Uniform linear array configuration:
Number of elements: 4
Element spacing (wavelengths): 0.25
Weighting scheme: kaiser
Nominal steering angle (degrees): -15
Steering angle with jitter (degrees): -13.821
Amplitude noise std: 0.05
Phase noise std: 0.05

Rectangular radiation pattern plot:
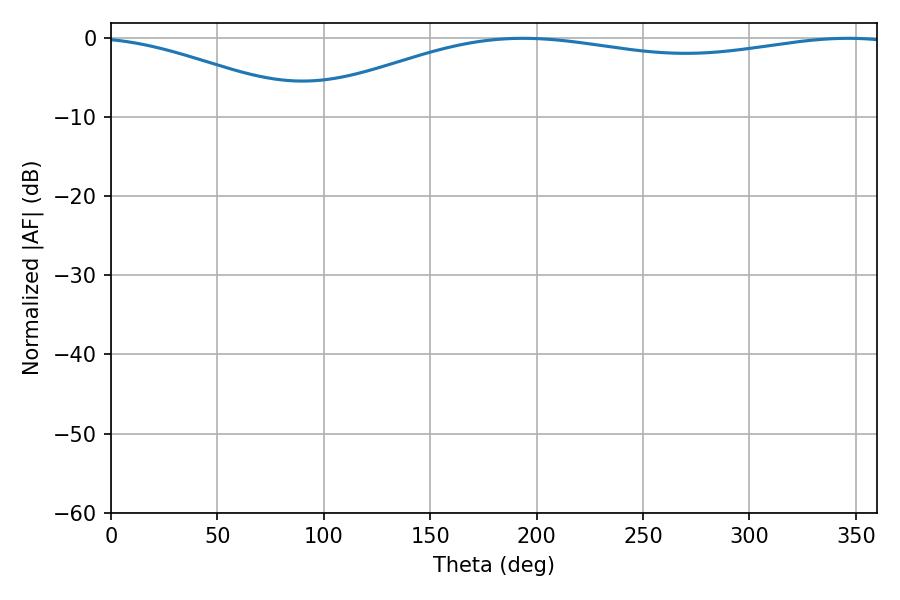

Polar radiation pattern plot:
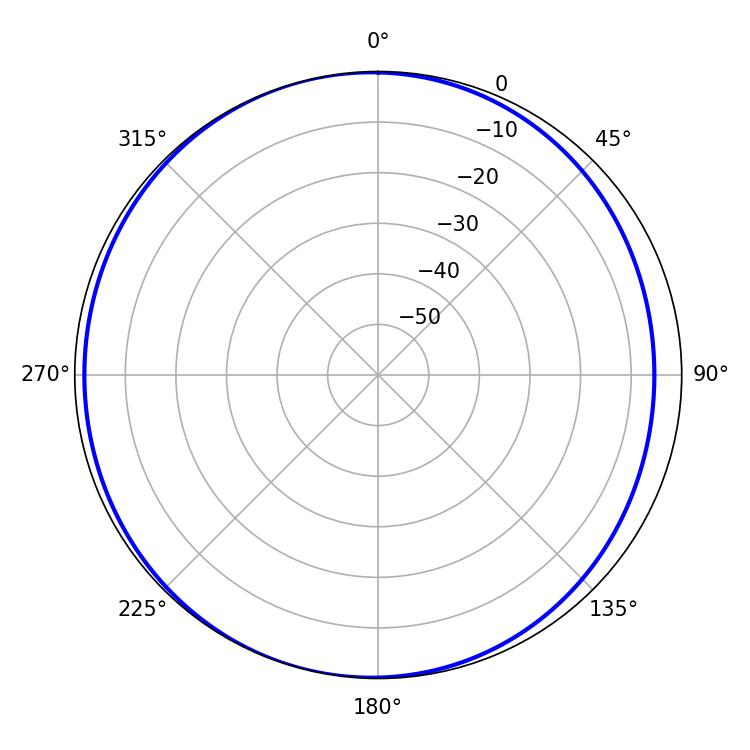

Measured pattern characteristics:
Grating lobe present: FALSE
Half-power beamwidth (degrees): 225.54
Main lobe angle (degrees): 193.68